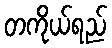
တကိုယ်ရည်